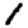
Digit: 1